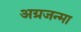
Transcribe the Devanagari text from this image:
अग्रजन्मा